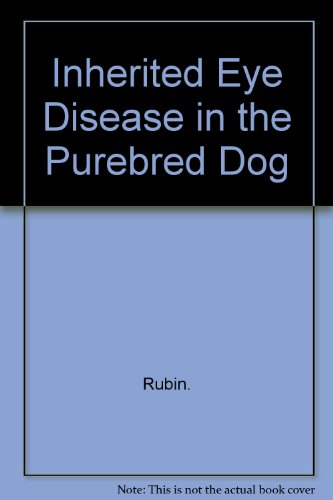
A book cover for Inherited Eye Diseases in Purebred Dogs; Lionel F. Rubin; Medical Books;